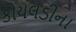
કોયલડીના